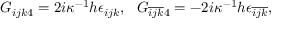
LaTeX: G _ { i j k 4 } = 2 i \kappa ^ { - 1 } h \epsilon _ { i j k } , ~ ~ G _ { \overline { { { i j k } } } 4 } = - 2 i \kappa ^ { - 1 } h \epsilon _ { \overline { { { i j k } } } } ,